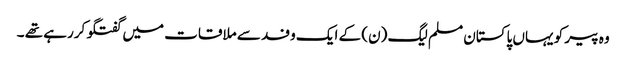
وہ پیر کو یہاں پاکستان مسلم لیگ (ن) کے ایک وفد سے ملاقات میں گفتگو کررہے تھے ۔